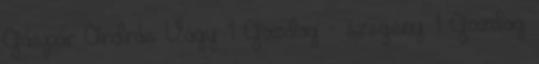
Gáspár András: Vágy 1 Gazdag - szegény 1 Gazdag